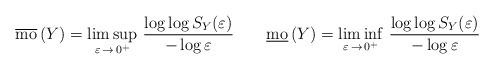
LaTeX: \begin{align*}\overline{\mathrm{mo}}\,(Y) = \limsup_{\varepsilon\,\to\, 0^+}\,\frac{\log\log S_Y(\varepsilon)}{-\log \varepsilon}\qquad\underline{\mathrm{mo}}\,(Y) = \liminf_{\varepsilon\,\to\, 0^+}\,\frac{\log\log S_Y(\varepsilon)}{-\log \varepsilon}\end{align*}